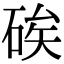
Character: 𥒲